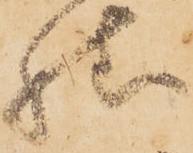
様